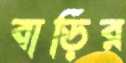
বাড়ির